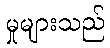
မှုများသည်